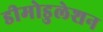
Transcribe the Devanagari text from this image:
डीमोडुलेशन